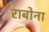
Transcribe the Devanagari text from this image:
राबोना